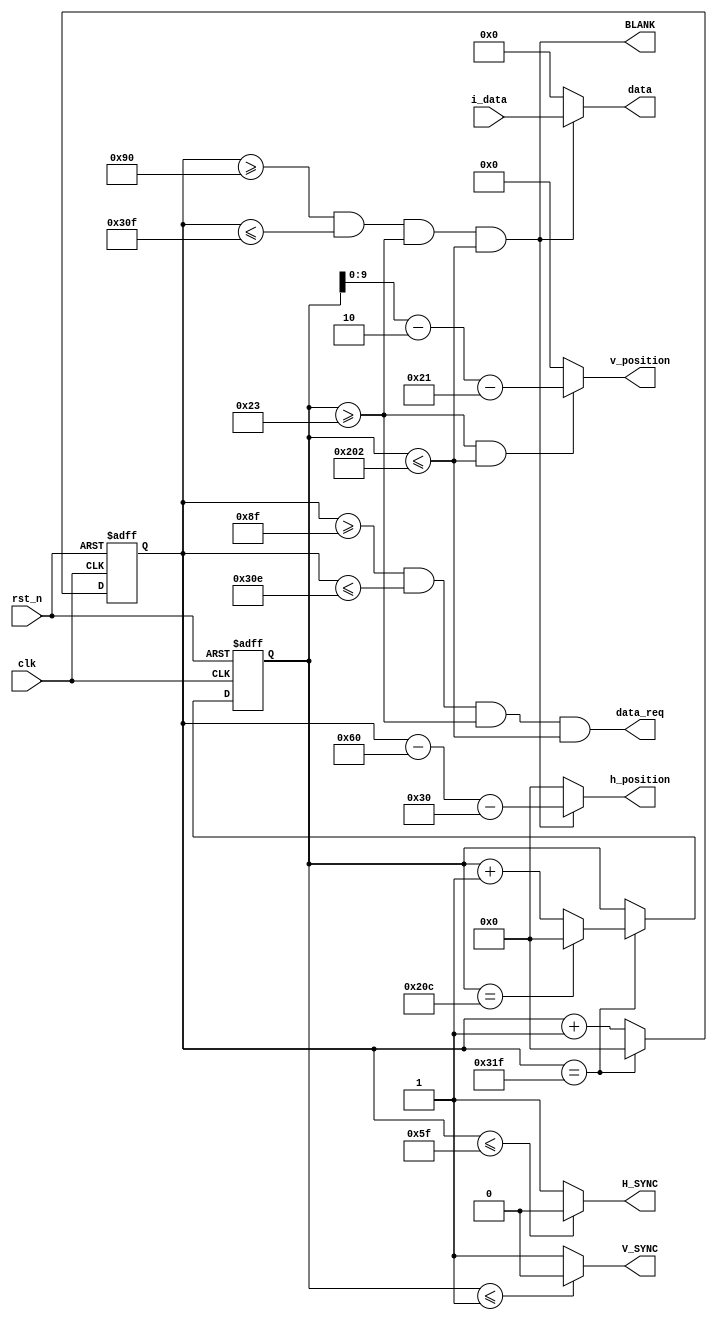
`timescale 1ns / 1ps
//////////////////////////////////////////////////////////////////////////////////
// Company: 
// Engineer: 
// 
// Design Name: 
// Module Name: VGA_CTRL
// Project Name: 
// Target Devices: 
// Tool Versions: 
// Description: 
// 
// Dependencies: 
// 
// Revision:
// Revision 0.01 - File Created
// Additional Comments:
// 
//////////////////////////////////////////////////////////////////////////////////


module VGA_CTRL(
  input clk,
  input rst_n,
  output H_SYNC,
  output V_SYNC,
  output BLANK,
  output [10:0]h_position,
  output [9:0] v_position,
  input [15:0] i_data,
  output [15:0] data,
  output data_req
    );
  parameter H_SYNC_PULSE = 96;
  parameter LEFT_BLANK = 48;
  parameter H_DATA = 640;
  parameter RIGHT_BLANK = 16;

  parameter V_SYNC_PULSE = 2;
  parameter TOP_BLANK = 33;
  parameter V_DATA = 480;
  parameter BOTTOM = 10;

  reg [10:0] h_cnt;
  reg [10:0] v_cnt;
  wire line_end;

  //always @(posedge clk or negedge rst_n) begin
      //if(!rst_n) begin
        //line_end <= 1'b0;
      //end
      //else if(h_cnt == 800 - 1) begin
        //line_end <= 1'b1;
      //end
      //else begin
        //line_end <= 1'b0;
      //end
  //end
  assign line_end = h_cnt == 800 - 1;
  always @(posedge clk or negedge rst_n) begin
      if(!rst_n) begin
        h_cnt <= 10'b0;
      end
      else if(h_cnt == 800 - 1) begin
        h_cnt <= 10'b0;
      end
      else begin
        h_cnt <= h_cnt + 1'b1;
      end
  end

  always @(posedge clk or negedge rst_n) begin
    if(!rst_n) begin
      v_cnt <= 10'b0;
    end
    else if (line_end) begin
      if(v_cnt == 525 - 1) begin
        v_cnt <= 10'b0;
      end
      else begin
      v_cnt <= v_cnt + 1'b1;
      end
    end
  end
  
  assign H_SYNC = h_cnt <= H_SYNC_PULSE -1 ? 0:1'b1;
  assign V_SYNC = v_cnt <= V_SYNC_PULSE -1 ? 0:1'b1;
  assign BLANK = (h_cnt >= H_SYNC_PULSE + LEFT_BLANK) &&
                 (h_cnt <= H_SYNC_PULSE + LEFT_BLANK + H_DATA - 1) &&
                 (v_cnt >= V_SYNC_PULSE + TOP_BLANK) &&
                 (v_cnt <= V_SYNC_PULSE + TOP_BLANK + V_DATA - 1);
  assign h_position = BLANK?(h_cnt - H_SYNC_PULSE - LEFT_BLANK):10'b0;
  assign v_position = (v_cnt >= V_SYNC_PULSE + TOP_BLANK) &&(v_cnt <= V_SYNC_PULSE + TOP_BLANK + V_DATA - 1)?(v_cnt - V_SYNC_PULSE - TOP_BLANK):9'b0;
  assign data = BLANK? i_data:24'b0;
  assign data_req = (h_cnt >= H_SYNC_PULSE + LEFT_BLANK - 1) &&
                 (h_cnt <= H_SYNC_PULSE + LEFT_BLANK + H_DATA - 1 - 1) &&
                 (v_cnt >= V_SYNC_PULSE + TOP_BLANK) &&
                 (v_cnt <= V_SYNC_PULSE + TOP_BLANK + V_DATA - 1);
endmodule